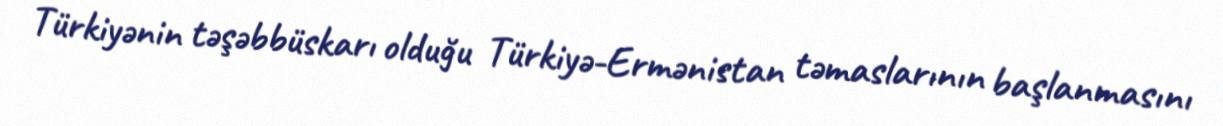
Türkiyənin təşəbbüskarı olduğu Türkiyə-Ermənistan təmaslarının başlanmasını